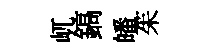
屼鎬皤茱